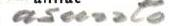
asunto